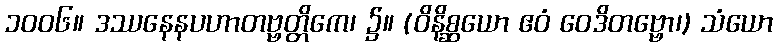
၁၀၀၆။ ဒဿနေနပဟာတဗ္ဗတ္တိကေ၊ ၌။ (ဝိနိစ္ဆယော ဧဝံ ဝေဒိတဗ္ဗော၊) သံယော